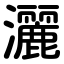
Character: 灑